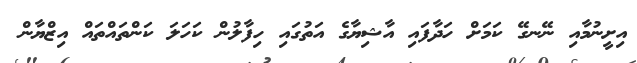
އިށީނުމާއި ނޭނގޭ ކަމަށް ހަދާފައި އާޝިޔާގެ އަތުގައި ހިފާލުން ކަހަލަ ކަންތައްތައް އިޒްޔާން